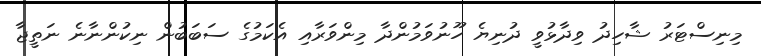
މިނިސްޓަރު ޝާހިދު ވިދާޅުވީ ދުނިޔެ ހޫނުވަމުންދާ މިންވަރާއި އެކަމުގެ ސަބަބުން ނިކުންނާނެ ނަތީޖާ